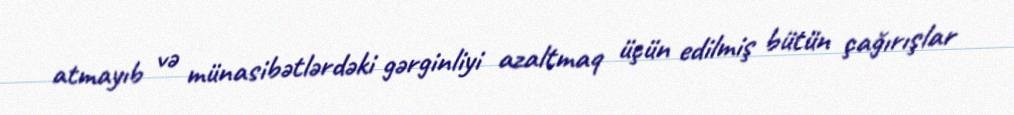
atmayıb və münasibətlərdəki gərginliyi azaltmaq üçün edilmiş bütün çağırışlar